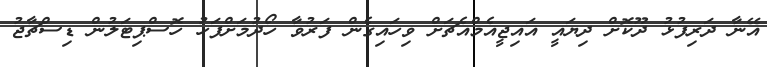
އޭނާ ދަރިފުޅު ދޫކޮށް ދިޔައީ އައިޖީއެމްއެޗަށް ވިހައިގެން ފަރުވާ ހޯދުމަށްފަހު ހޮސްޕިޓަލުން ޑިސްޗާޖު